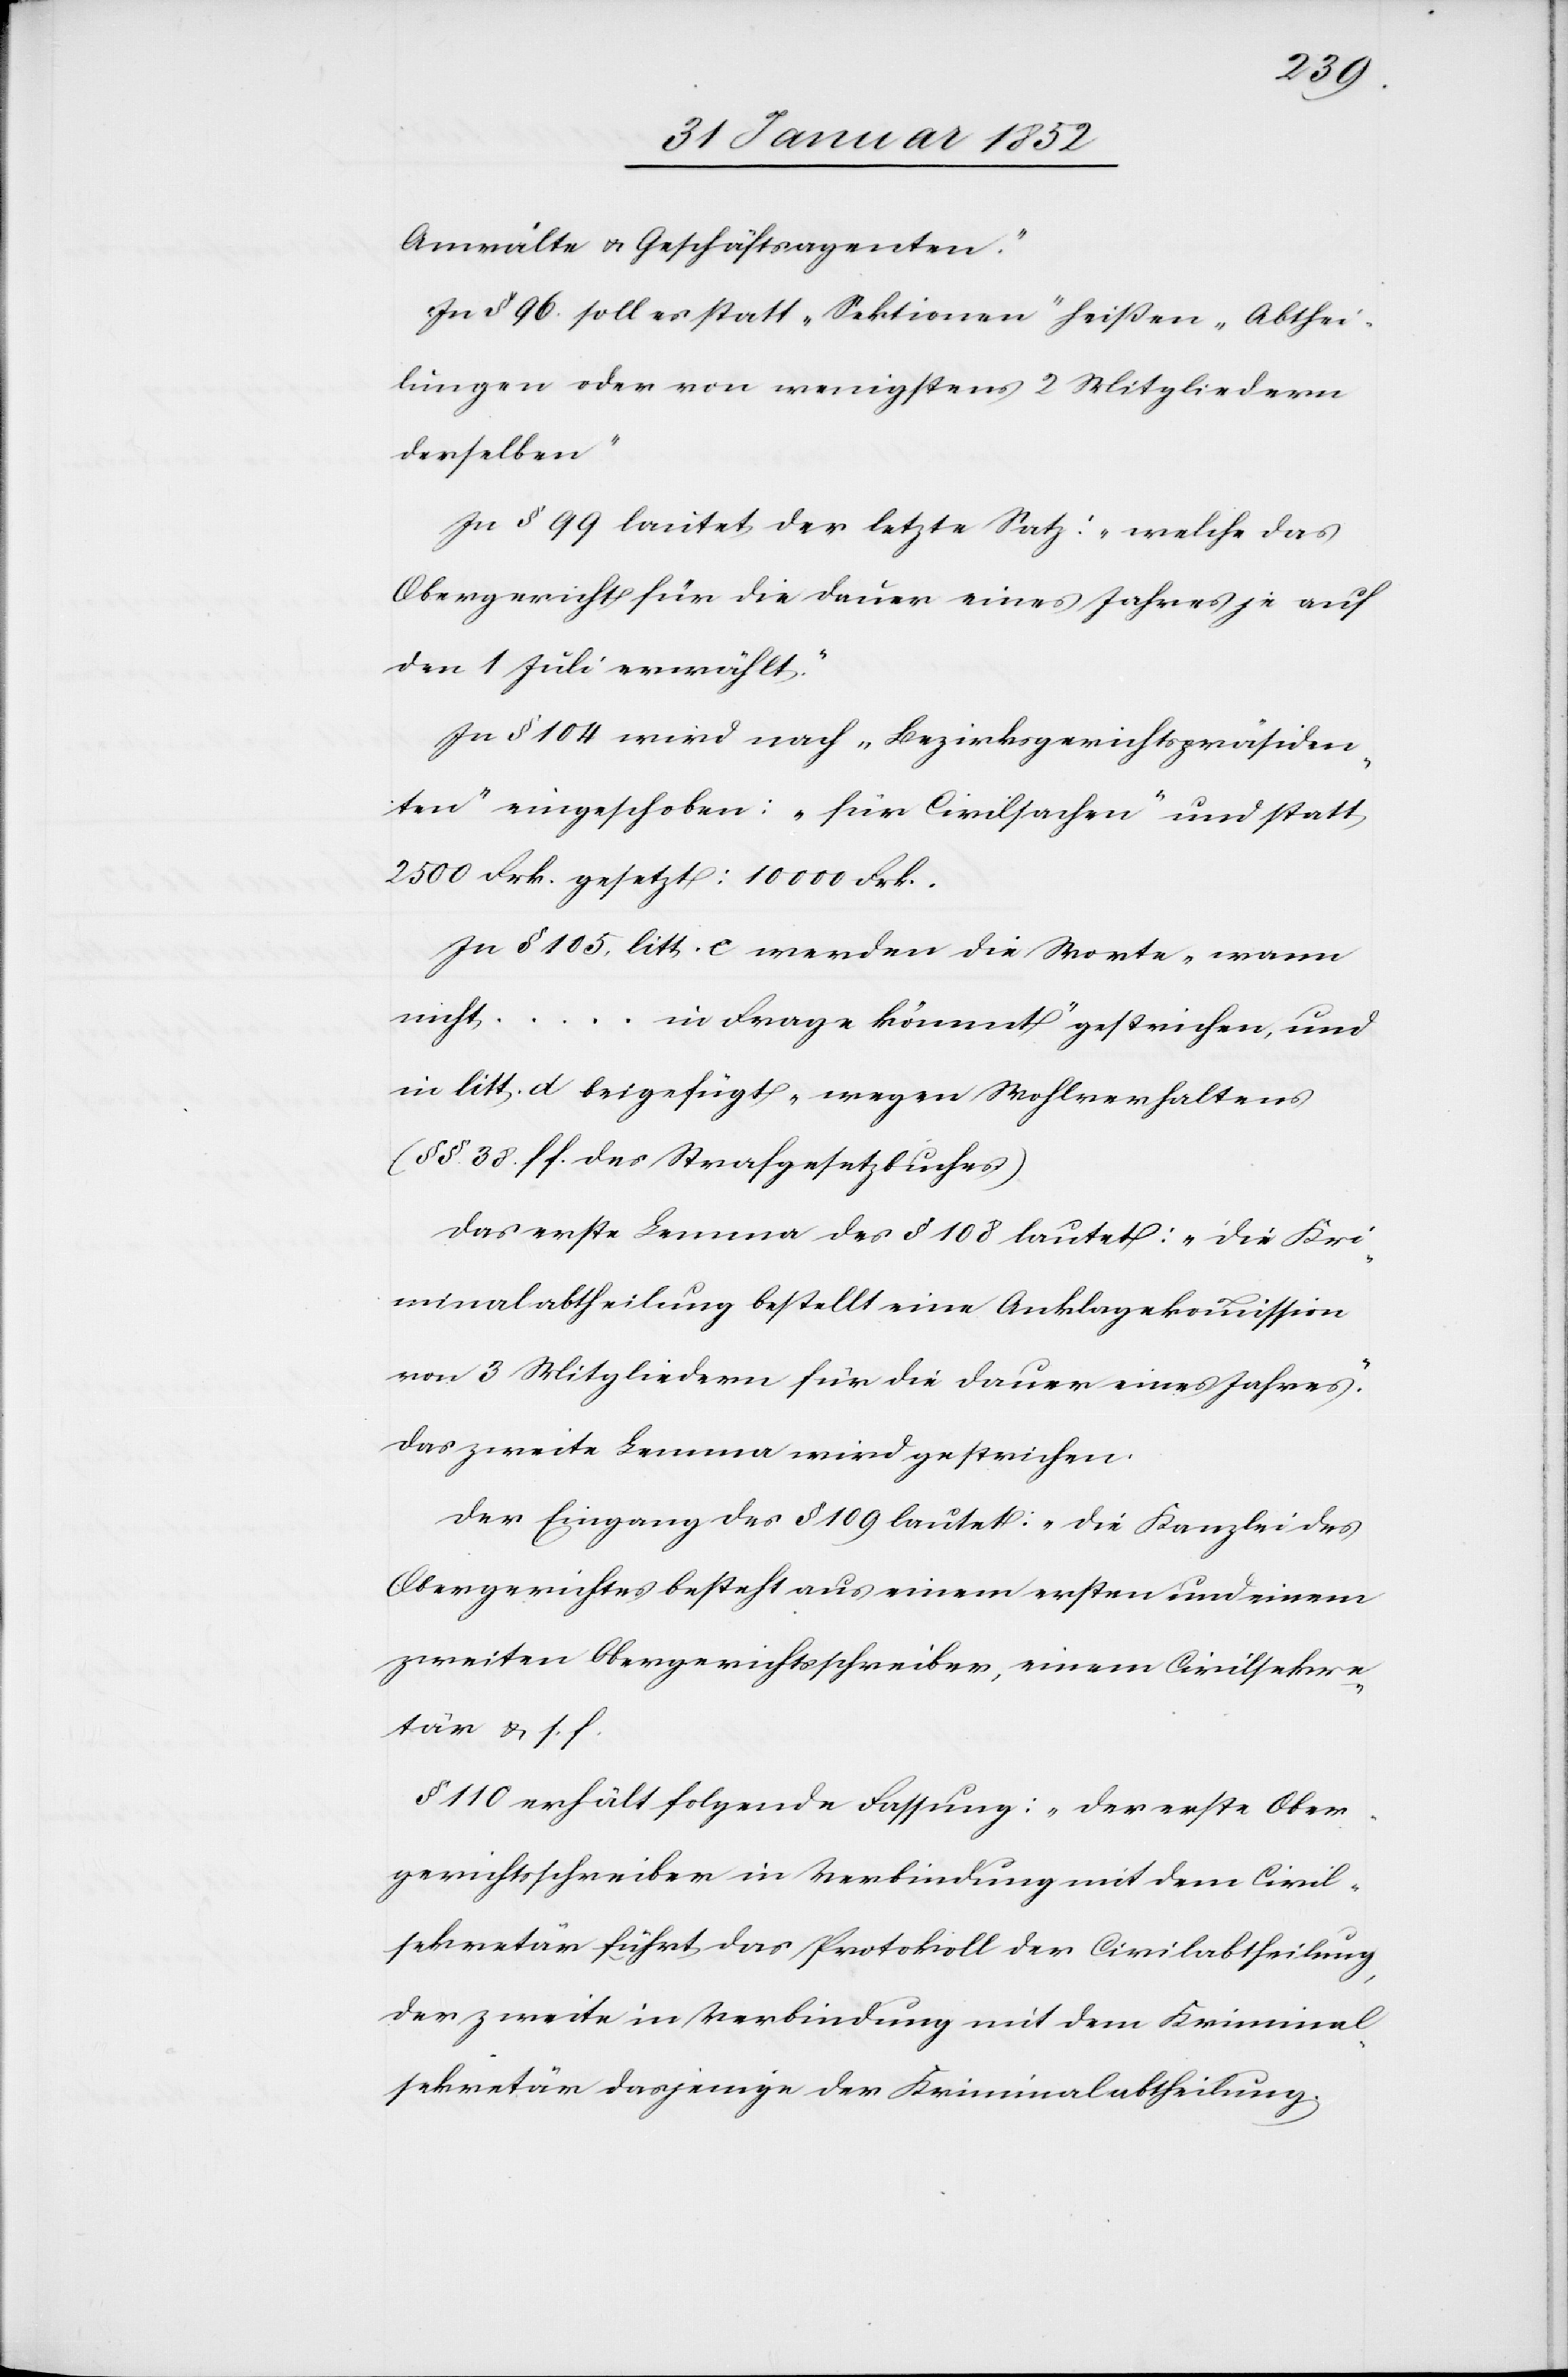
Anwälte u. Geschäftsagenten.“
In § 96 soll es statt „Sektionen“ heißen „Abthei¬
lungen oder von wenigstens 2 Mitgliedern
derselben“
In § 99 lautet der letzte Satz: „welche das
Obergericht für die Dauer eines Jahrs je auf
den 1 Juli erwählt.“
In § 104 wird nach „Bezirksgerichtspräsiden¬
ten“ eingeschoben: „für Civilsachen“ und statt
2500 Frk. gesetzt: 10 000 Frk.
In § 105, litt. c werden die Worte „wann
nicht ... in Frage kömmt“ gestrichen, und
in litt. d beigefügt „wegen Wohlverhaltens
(§§. 38. ff. des Strafgesetzbuches)[“]
Das erste Lemma des § 108 lautet: „die Kri¬
minalabtheilung bestellt eine Anklagekommission
von 3 Mitgliedern für die Dauer eines Jahres.“
Das zweite Lemma wird gestrichen.
Der Eingang des § 109 lautet: „Die Kanzlei des
Obergerichtes besteht aus einem ersten und einem
zweiten Obergerichtsschreiber, einem Civilsekre¬
tär u. s. f.
§ 110 erhält folgende Fassung: „Der erste Ober¬
gerichtsschreiber in Verbindung mit dem Civil¬
sekretär führt das Protokoll der Civilabtheilung,
der zweite in Verbindung mit dem Kriminal¬
sekretär dasjenige der Kriminalabtheilung.